Vital statistics of India. Vol. VI, European troops 1870-79
Year: 1870
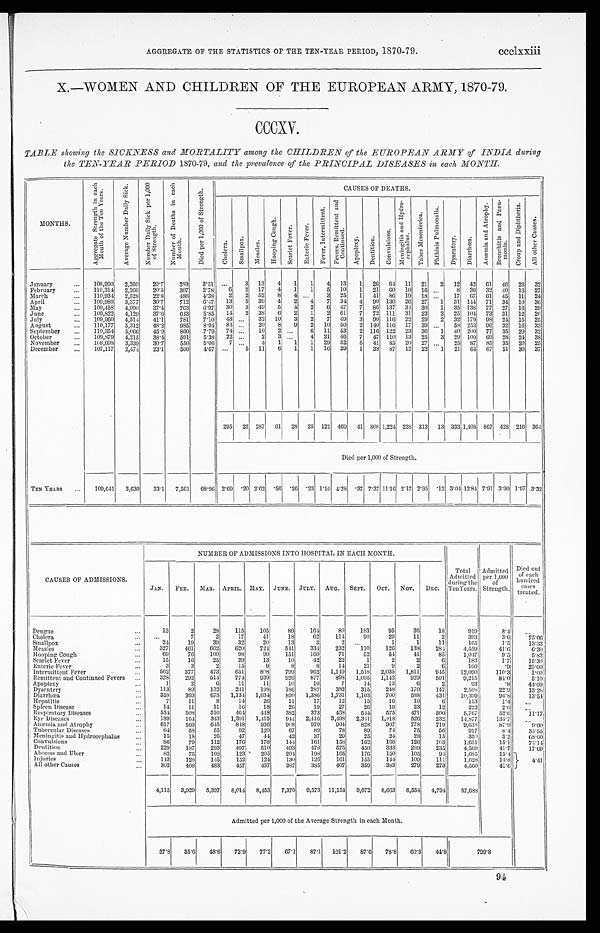
AGGREGATE OF THE STATISTICS OF THE TEN-YEAR PERIOD, 1870-79.
ccclxxiii
X.—WOMEN AND CHILDREN OF THE EUROPEAN ARMY, 1870-79.
CCCXV.
TABLE showing the SICKNESS and MORTALITY among the CHILDREN of the EUROPEAN ARMY of INDIA during
the TEN-YEAR PERIOD 1870-79, and the prevalence of the PRINCIPAL DISEASES in each MONTH.
MONTHS.
A g g r e g a t e S t r e n g t h i n e a c h
M o n t h o f t h e T e n Y e a r s .
A v e r a g e N u m b e r D a i l y S i c k .
N u m b e r D a i l y S i c k p e r 1 , 0 0 0
o f S t r e n g t h .
N u m b e r o f D e a t h s i n e a c h
M o n t h .
D i e d p e r 1 , 0 0 0 o f S t r e n g t h .
CAUSES OF DEATHS.
C h o l e r a .
S ma l l p o x .
M e a s l e s .
H o o p i n g C o u g h .
S c a r l e t F e v e r .
E n t e r i c F e v e r .
F e v e r , I n t e r m i t t e n t . F e v e r s , R e m i t t e n t a n d
Co n t i n u e d .
A p o p l e x y .
D e n t i t i o n . C o n v u l s i o n s .
M e n i n g i t i s a n d H y d r o -
c e p h a l u s .
T a b e s M e s e n t e r i c a . P h t h i s i s P u l m o n a l i s .
D y s e n t e r y .
D i a r r h œ a .
A n æ m i a a n d A t r o p h y . B r o n c h i t i s a n d P n e u -
moni a.
C r o u p a n d D i p h t h e r i a .
A l l o t h e r C a u s e s .
January
. . .
108,990 2,260 20.7
383
3.51
. . . 3 13 4 1 1 4 13 1 26 64 11 21 2 12 42 61 46 26 32
February
...
110,314 2,260
20.5
307 2.78
6 2 17 4 1 1 5 10 1 21 60 10 16 ...
8 30 32 40 16 27
March
...
110,934 2,528
22.8
486 4.38
2 2 52 8 4 ...
3 25 1 41 86 19 18 ...
17 67 61 45 11 24
April
...
109,989 3,377
30.7
712 6.47 13 5 39 4 2 4 7 34 4 90 130 26 27 1 31 144 71 34 10 36
May
...
109,458, 4,090 37.4
763
6.97 30 3 49 5 4 2 6 47 7 86 137 34 30 1 35 138 77 27 16 29
June
...
109,822 4,129 37.6
643
5.85 14 2 38 6 2 1 2 61 7 72 111 31 23 2 25 104 73 31 12 26
July
...
109,960 4,514 41.1
781
7.10 43 ...
32 10 3 2 7 49 3 90 116 22 29 2 32 179 98 24 15 25
August
...
110,177 5,312 48.2
985
8.94 84 ...
20 8
9 2 10 50 2 140 116 17 39 ...
58 253 96 32 16 33
September
... 110,354 5,066 45.9
860 7.79 74 ...
10 2 ...
6 11 53 2 116 122 23 36 1 40 200 77 35 20 32
October
...
109,879 4,215
38.4
591
5.38 22 ...
2 3 ...
4 21 46 7 47 110 13 25 3 29 100 69 28 24 38
November
...
108,698 3,339
30.7
550 5.06
7 ...
4 1 1 1 29 52 5 41 85 20 27 ...
25 87 85 35 20 25
December
...
107,117 2,474 23.1
500
4.67 . . .
5 11 6 1 1 16 29 1 38 87 12 22 1 21 64 67 51 30 37
295 22 287 61 28 25 121 469 41 808 1,224 238 313 13 333 1,408 867 428 216 364
Died per 1,000 of Strength.
TEN YEARS ...
109,641 3,630 33.1 7,561 68.96 2.69 .20 2.62 .56 .26 .23 1.10 4.28 .37 7.37 11.16 2.17 2.35 .12 3.04 12.84 7.91 3.90 1.97 3.32
CAUSES OF ADMISSIONS.
NUMBER OF ADMISSIONS INTO HOSPITAL IN EACH MONTH.
Total
Admitted
during the
Ten Years.
Admitted
per 1,000
of
Strength.
Died out
of each
hundred
cases
treated.
JAN. FEB. MAR. APRIL. MAY. JUNE. JULY. AUG. SEPT. OCT. NOV. DEC.
Dengue
...
13
2
28
115
105
80
164
80
183
95
36
1 8
9 1 9
8.4
. . .
Cholera
. . . ...
7
2
17
41
18
62
114
90
29
11
2
393
3.6
75.06
Smallpox
...
24
19
39
32
20
13
3
2
. . .
1
1
11
1 6 5
1.5
13.33
Measles
...
327
461
662 620
724 541
334
232
110
126
138
284
4,559
41.6
6.30
Hooping Cough
...
69
76
100
98
90
151
160
71
52
54
41
85
1,047
9.5
5.83
Scarlet Fever
...
15
16
25
29
13
10
42
22
1
2
2
6
183
1.7
15.30
Enteric Fever
...
3
3
2
15
9
8
8
14
21
9
2
6
100
. 9
25.00
Intermittent Fever
. . . 562
377
473
651
808
799 962 1,149 1,518 2,035 1,811
945
12,090
110.3
1.00
Remittent and Continued Fevers ...
328
292 514
774
939
926
877
898 1,095 1,142
929
501
9,215
84.0
5.10
Apoplexy
...
1
2
6
11
11
10
10
7
14
13
6
2
9 3
. 8
44.09
Dysentery
...
113
89
132
241 198
186 287
382
315
248
170
147
2,508
22.9
13.28
Diarrhœa
...
358 369 675 1,134 1,034
890 1,386 1,731 1,103
700
588
431
10,399
94.8
13.54
Hepatitis
. . .
7
11
8
14
26
11
17
12
15
16
10
6
153
1.4
. . .
Spleen Disease
. . .
14
11
11
16
18
26
19
27
26
19
23
12
222
2.0
. . .
Respiratory Diseases
. . . 554 508
510
464 448
382
373
438
544
575
471
500
5,767
52.6
11.17
Eye Diseases
...
189
164
343 1,391 1,415
944 2,416 3,498 2,341 1,418
526
232
14,877
135.7 ...
Anæmia and Atrophy
. . . 617
569 645
848 936
908
979
904 828
907
778
719
9,638
87.9
9.00
Tubercular Diseases
. . .
64
58
55
92
120
67
89
78
89
74
75
56
917
8.4
35.55
Meningitis and Hydrocephalus
. . .
15
18
26
47
44
42
37
29
25
24
28
15
350
3.2
68.00
Convulsions
. . .
86
79
112
176
178
144
161
158
162
166
126
103
1,651
15.1
74.14
Dentition
...
229
187
293
497
510
493
478
575
450
333
2 8 9
235
4,569
41.7
17.69
Abscess and Ulcer
...
82
75
108
123
205
204 198
165
176
150
105
94
1,685
15.4
4.41
Injuries
. . . 143
128
145
152
124
130
126
161
155
144
109
111
1,628
14.8
All other Causes
...
302
408
483
457
437
387
385
407
359
383
279
273
4,560
41.6
4,115 3,929 5,397 8,014 8,453 7,370 9,573 11,154 9,672 8,663 6,554 4,794
87,688
Admitted per 1,000 of the Average Strength in each Month.
37.8 35.6 48.6 72.9
77.2
67.1
87.1 101.2 87.6 78.8
6 0 . 3
44.8
799.8
94